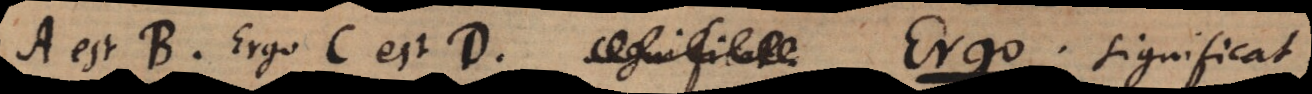
A est B. Ergo C est D. Ergo, significat: